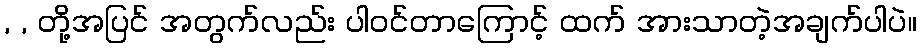
, , တို့အပြင် အတွက်လည်း ပါ၀င်တာကြောင့် ထက် အားသာတဲ့အချက်ပါပဲ။